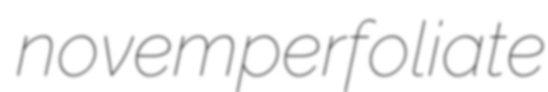
novemperfoliate